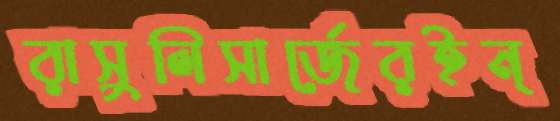
রাসুলিসার্জেরইন্